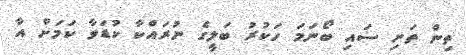
ތިން ތަށި ސައި ބޯނަމަ ހަކުރު ބަލީގެ ނުރައްކާ ކުޑަވާ ކަމަށް އާ